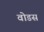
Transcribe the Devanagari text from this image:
वोडस